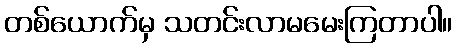
တစ်ယောက်မှ သတင်းလာမမေးကြတာပါ။